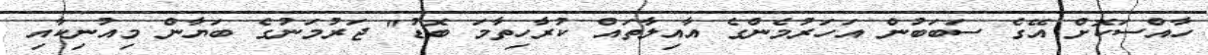
ހާއްސަކޮށް އޭގެ ސަބަބުން އަހަރުމެންގެ އާއިލާތައް ކުރާހިތާމަ ބޮޑު" ޖަރުމަނުގެ ބަޔާން މިއުނިކާއި